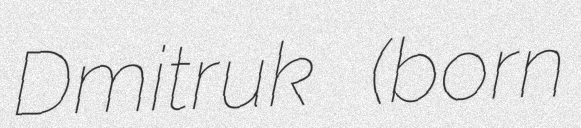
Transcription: Dmitruk (born